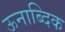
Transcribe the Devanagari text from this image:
ऊनाब्दिक